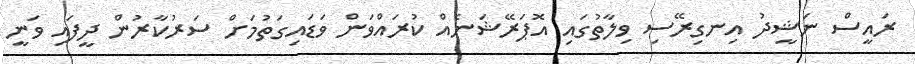
ރައީސް ނަޝީދު އިނގިރޭސި ވިލާތުގައި އޮޕަރޭޝަނެއް ކުރައްވަން ވަޑައިގަތުމަށް ސަރުކާރުން ދީފައި ވަނީ